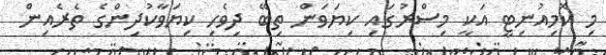
މި ކޮމިއުނިޓީ އަކީ މިސްރުގައި ކިޔަވަން ތިބޭ ދިވެހި ކިޔަވާކުދިންގެ ތެރެއިން